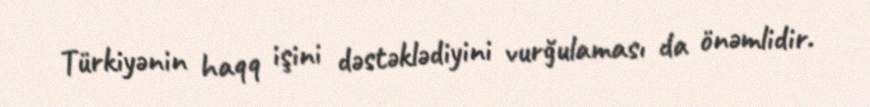
Türkiyənin haqq işini dəstəklədiyini vurğulaması da önəmlidir.